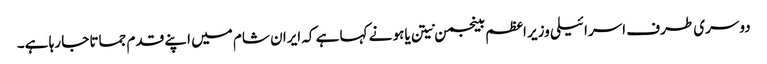
دوسری طرف اسرائیلی وزیر اعظم بینجمن نیتن یاہو نے کہا ہے کہ ایران شام میں اپنے قدم جماتا جا رہا ہے۔